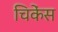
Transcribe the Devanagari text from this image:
चिकेंस